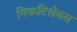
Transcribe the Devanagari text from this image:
निकटिसेबस